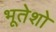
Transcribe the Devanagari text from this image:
भूतेशो